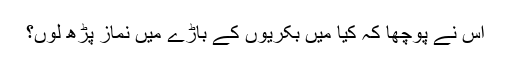
اس نے پوچھا کہ کیا میں بکریوں کے باڑے میں نماز پڑھ لوں؟